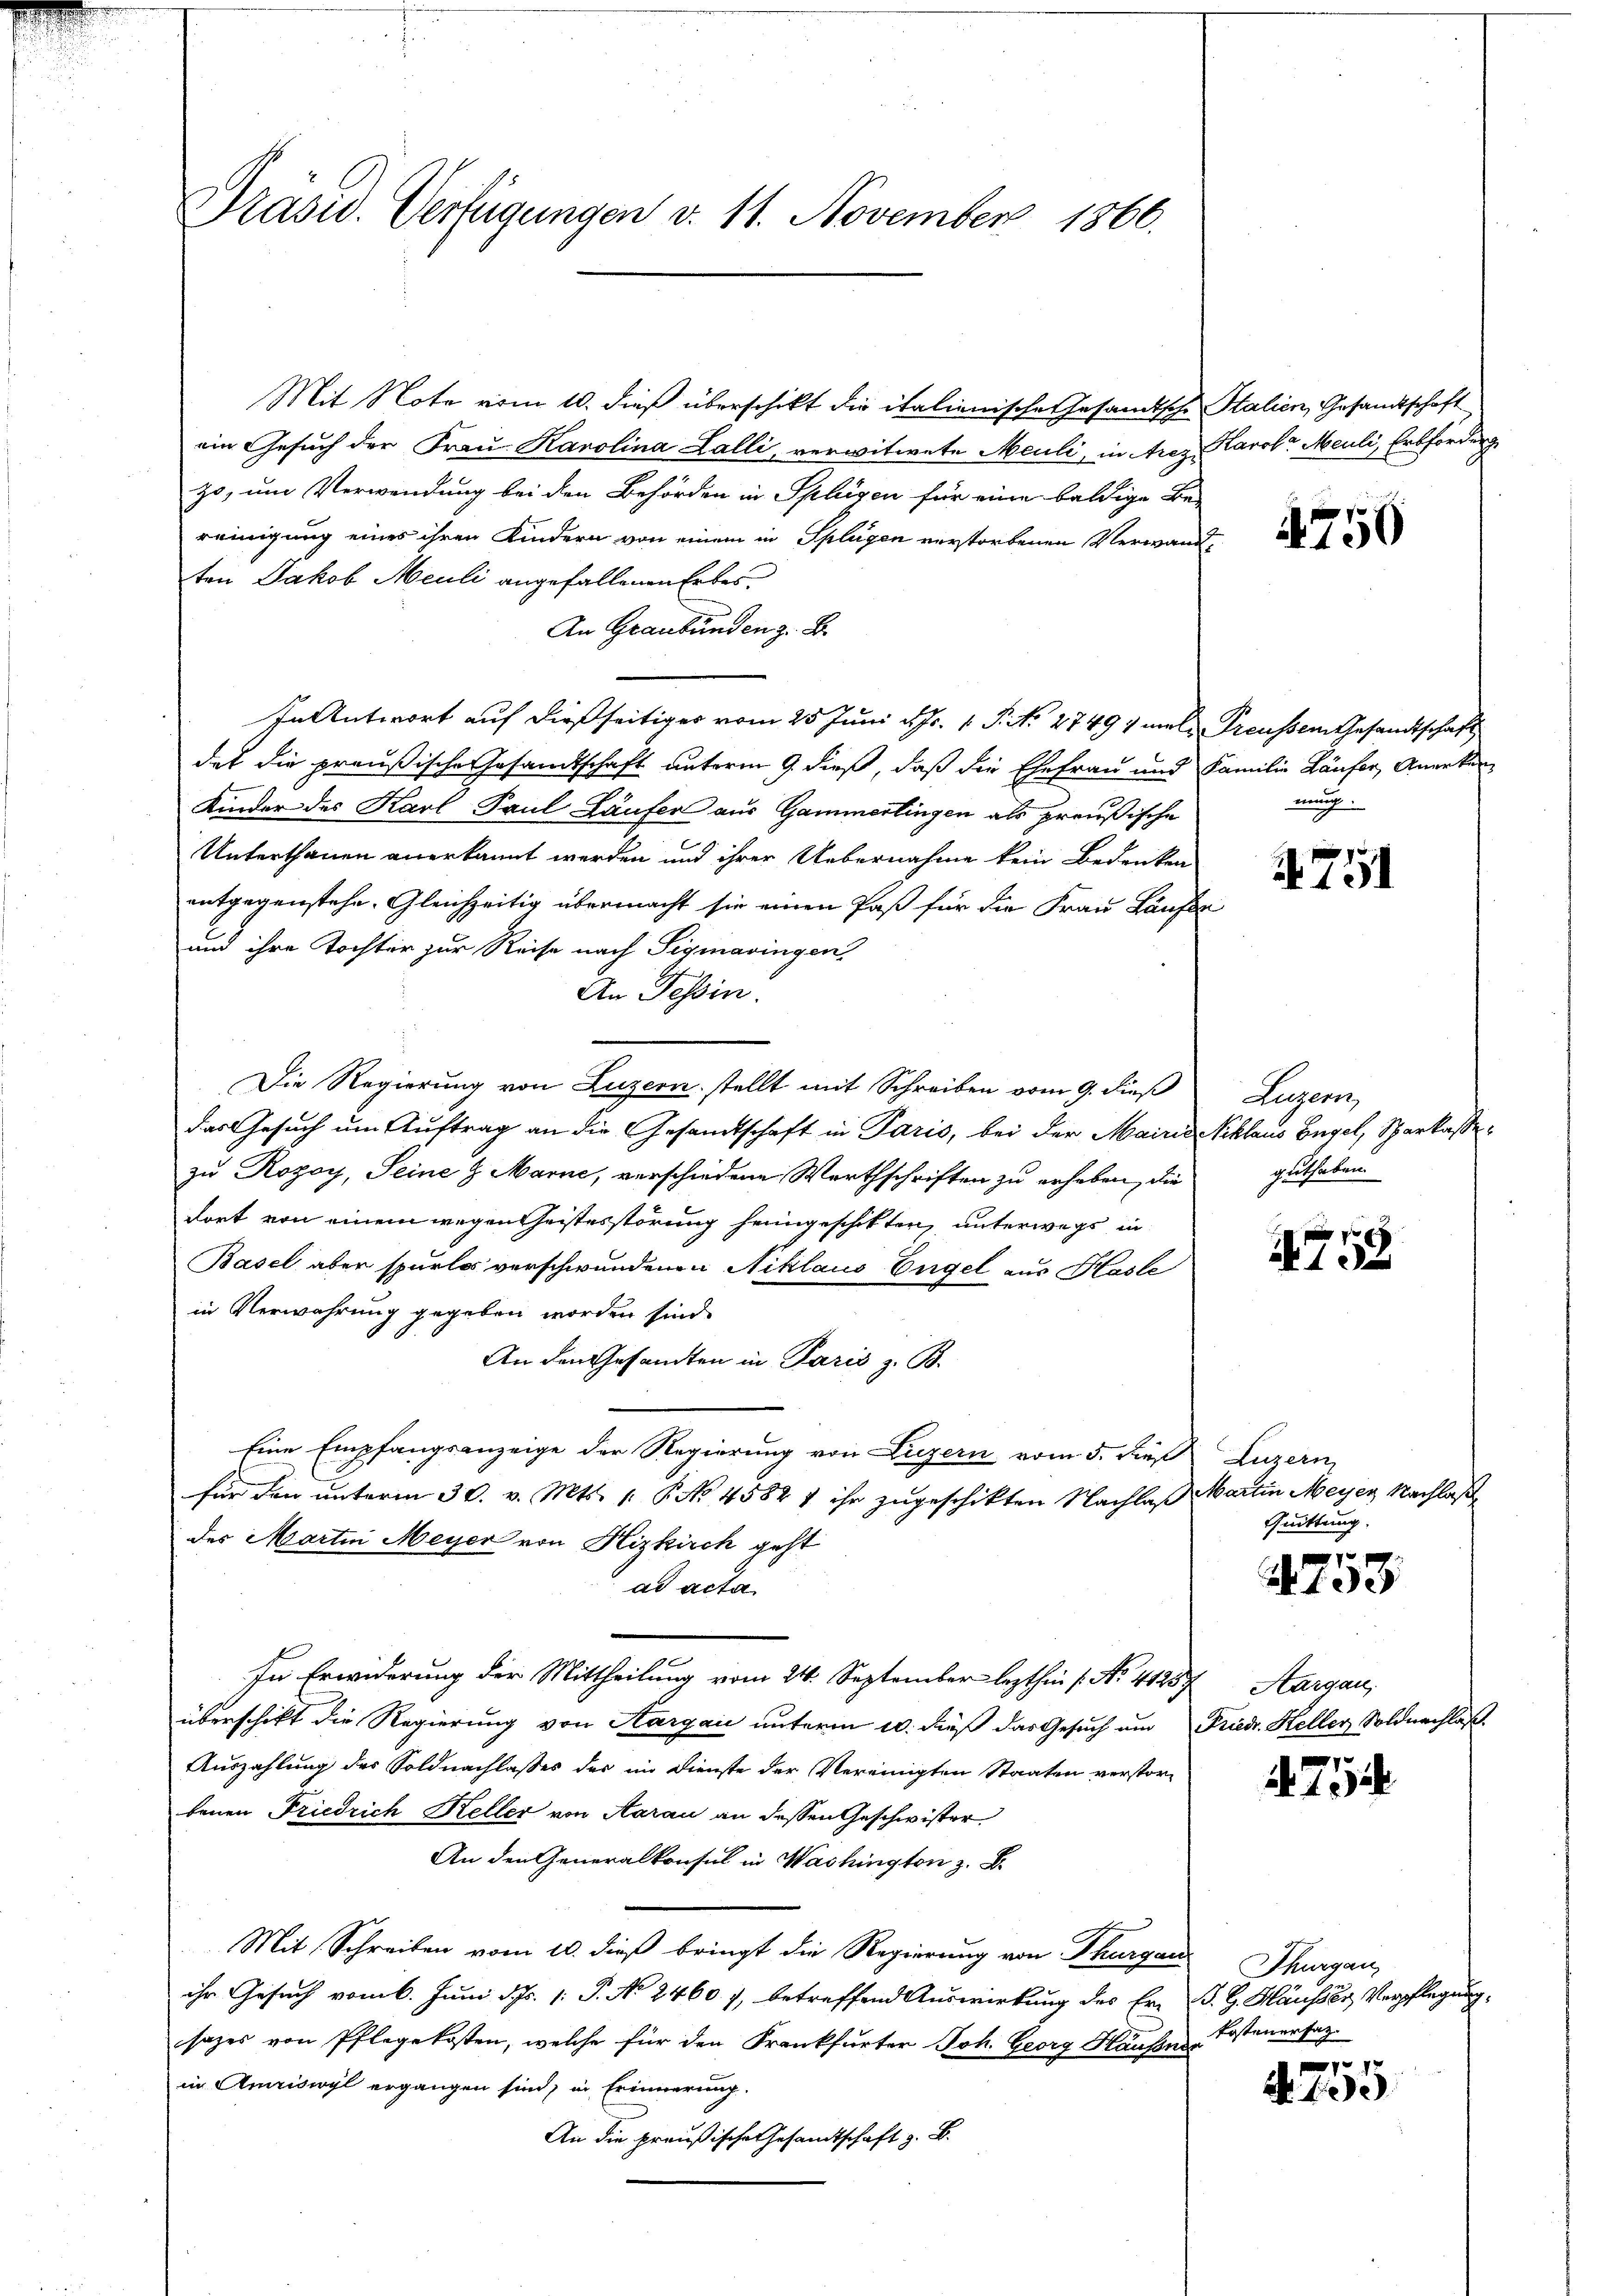
d

Mit Note vom 10. dieß überschikt die italienische Gesamtsche Stalien, Gesandtschaft
ein Gesuch der Frau Karolina Lalli, verwitwete Meuli, in Arez Karol- Meuli, Erbforderg
zo, um Verwendung bei den Behörden in Splügen für eine baldige Be-
reinigung eines ihren Kindern von einem in Splügen verstorbenen Verwandtten Jakob Meuli angefallenen Erbes.
An Graubünden z. B.
In Antwort auf dießseitiger vom 25. Juni d. Js. 1. P. Nr. 27494 male Preusser Gesandtschaft
det die preußische Gesandtschaft unterm 9. dieß, daß die Ehefrau und Familie Läufer, Anerken¬
Kinder des Karl Paul Läufer aus Gammertingen als preußische
Unterthanen anerkannt werden und ihrer Uebernahme kein Bedenken
entgegenstehe. Gleichzeitig übermacht sie einen Paß für die Frau Laufe
und ihre Tochter zur Reise nach Sigmaringen
An Tessin.
Die Regierung von Luzern stellt mit Schreiben vom 9. dieß
das Gesuch um Auftrag an die Gesandtschaft in Paris, bei der Mairie Schlaus Engel, Sparkasse
zu Rogoy, Seine H. Marne, verschiedene Werthschriften zu erheben, die
dort von einem wegenheistesstörung heimgeschikten, unterwegs in
Basel aber spurlos verschwundenen Niklaus Engel aus Hasle
in Verwahrung gegeben worden sind.
An den Gesandten in Paris z. B.
Eine Empfangsanzeige der Regierung von Luzern vom 5. die Luzern
für den unterm 30. v. Mts. 1. P. No. 45847 ihr zugeschikten Nachlaß Martin Meyer Nachlaße
des Martin Meyer von Hizkirch geht
ad acta
In Erwiderung der Mittheilung vom 24. September lezthin 1. No. 41237 Aargau,
überschickt die Regierung von Aargau unterm 10. dieß das Gesuch um Friedr. Heller Soldnachlaß.
Auszahlung des Soldnachlasses des im Dienste der Vereinigten Staaten verstorbenen Friedrich Keller von Aarau an dessen Geschwister
An den Generalkonsul in Washington z. B.
Mit Schreiben vom 10. dieß bringt die Regierung von Thurgau
ihr Gesuch vom 6. Juni d. Js. 1. P. No 2460. 7, betreffend Auswirkung des Er- B. G. Häusser Verpflegung.
sazes von Pflegekosten, welche für den Frankfurter Joh. Georg Hausen-Kostenersatz.
in Amriswyl ergangen sind, in Erinnerung.
An die preußische Gesandtschaft z. B.

Prasw. Verfügungen v. 11. November 1866.

4750

nung.

4751

Luzern,
guthaben.

1759

Quittung.

1
A 133

754.

Thurgau

77
A 1